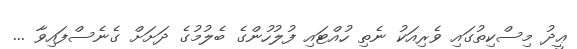
ޢީދު މިސްކިތުގައި ވެރިއަކު ނެތި ހުއްޓައި ފުލުހުންގެ ބެލުމުގެ ދަށަށް ގެނެސްފައިވާ ...